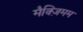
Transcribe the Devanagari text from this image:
मैक्ज़िमम